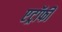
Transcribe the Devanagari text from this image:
एट्रॉफी